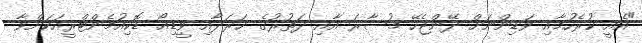
"އެއީ ކުރެހުމާއި ވަޑިންނަށް ދޭންޖެހޭ މުސާރަ އާއި ދަތުރުގެ ޚަރަދާއި ވީޑިއޯ ޑޮކިއުމެންޓްރީއަކަށްވާ